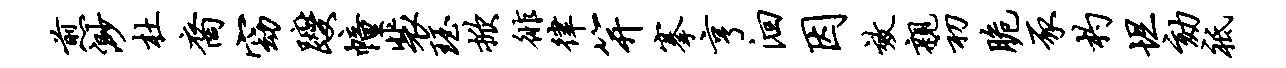
煎渺杜裔窈躞幢裴珏掀徘律笄搴亨洄因效亲初脆豕杓坦劾祗